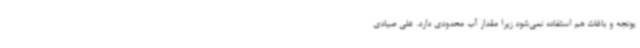
یونجه و باغات هم استفاده نمی‌شود زیرا مقدار آب محدودی دارد. علی صیادی